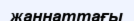
жаннаттағы